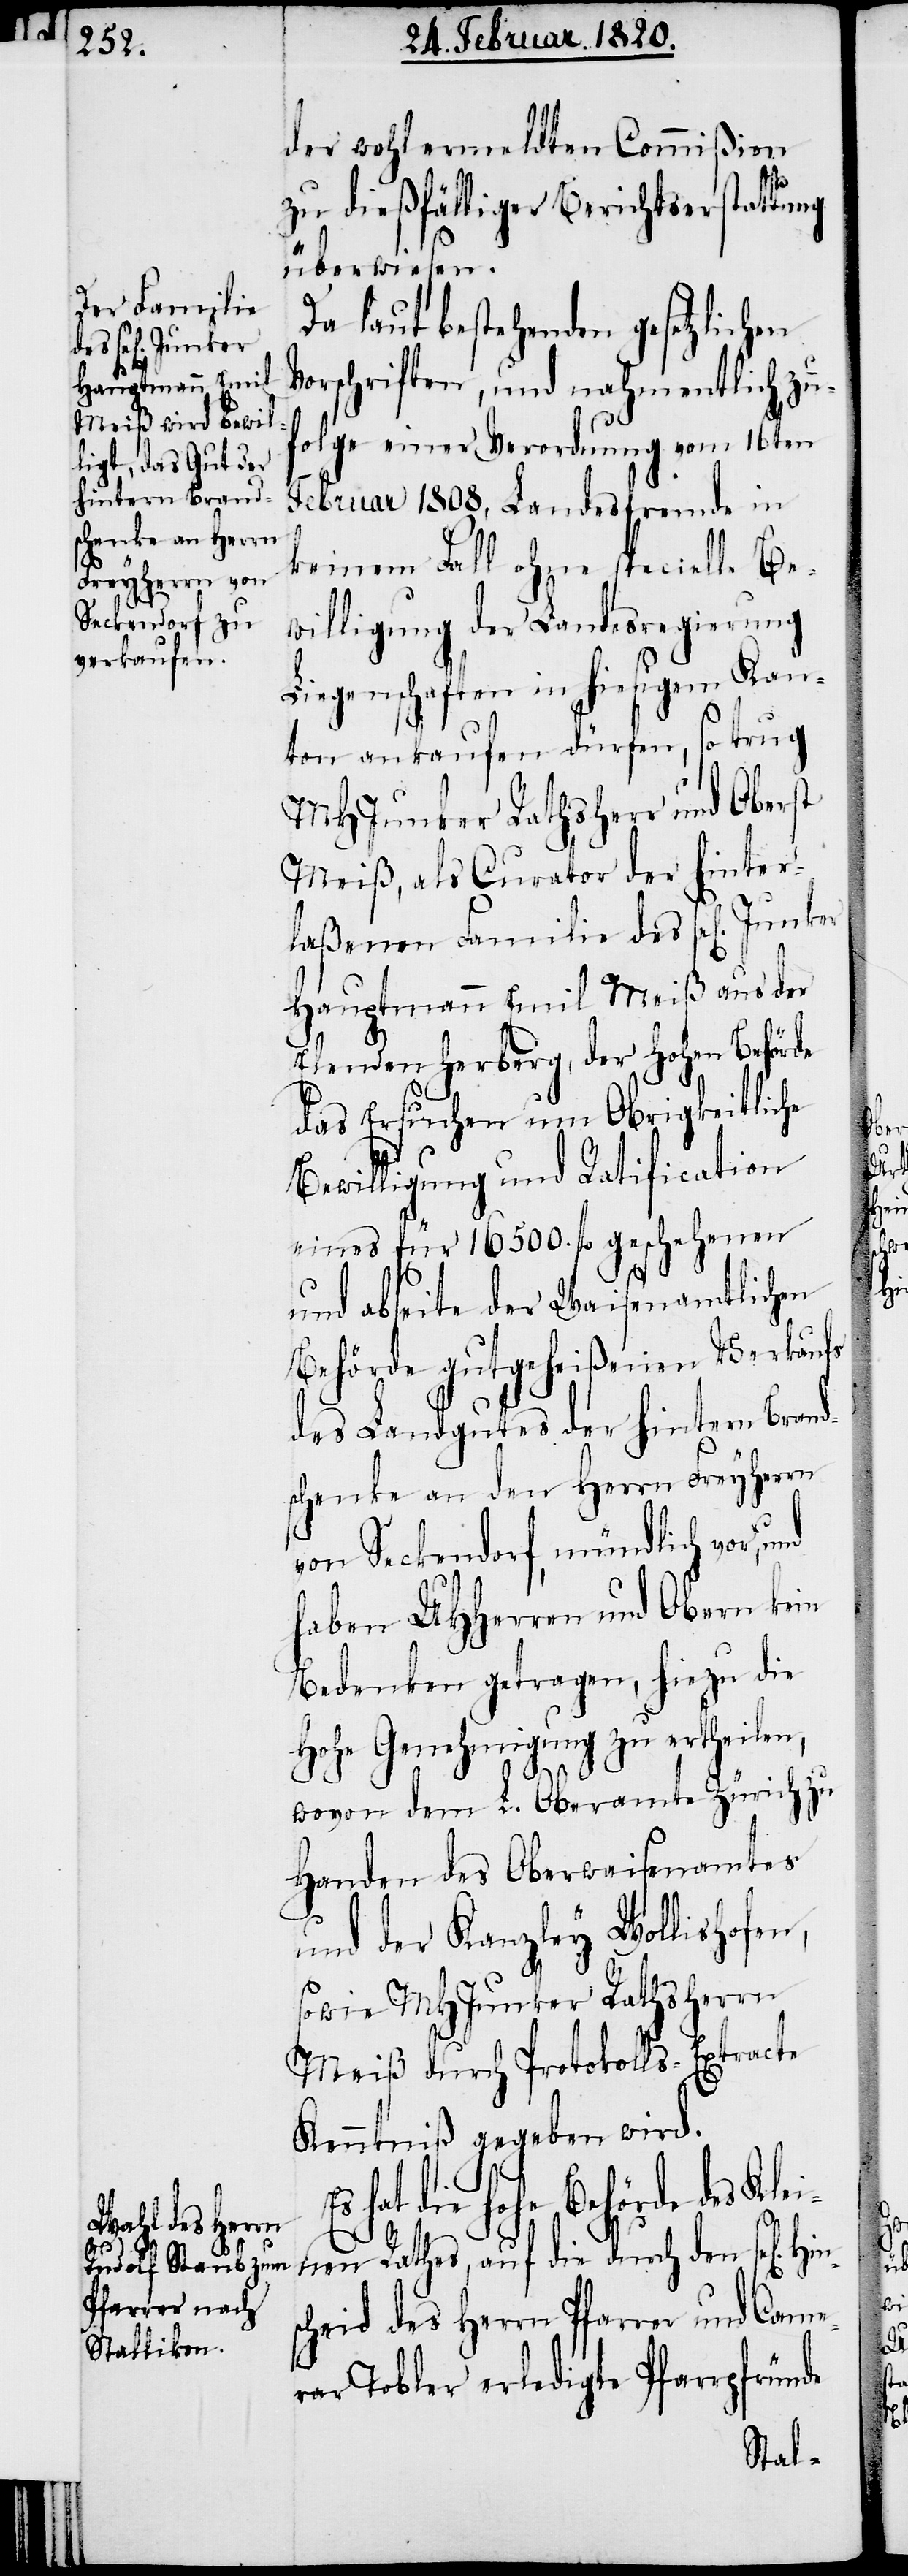
Hins¬

der wohlermeldten Commißion
zu dießfälliger Berichtserstattung
überwiesen.
Da laut bestehenden gesetzlichen
Vorschriften, und nahmentlich zu¬
folge einer Verordnung vom 16ten
Februar 1808, Landesfremde in
keinem Fall ohne specielle Be¬
willigung der Landesregierung
Liegenschaften in hiesigem Kan¬
ton ankaufen dürfen, so trug
MHJunker Rathsherr und Oberst
Meiß, als Curator der hinter¬
laßenen Familie des sel[igen].
Hauptmann Emil Meiß aus der
Elenden Herberg, der Hohen Behörde
das Ersuchen um Obrigkeitliche
Bewilligung und Ratification
eines für 16500. fl geschehenen
und abseite der Waisenamtlichen
Behörde gutgeheißenen Verkaufs
des Landgutes der hintern Brand¬
schenke an den Herrn Freyherrn
von Seckendorf, mündlich vor,
haben UHHerren und Obern kein
Bedenken getragen, hiezu die
Hohe Genehmigung zu ertheilen,
wovon dem L. Oberamte Zürich zu
Handen des Oberwaisenamtes
und der Kanzley Wollishofe¬
sowie MHJunker Rathsherrn
Meiß durch Protokolls-Extracte
Kenntniß gegeben wird.
hat die hohe Behörde des Kl¬
einen Rathes, auf die durch den sel[ige¬
cheid des Herrn Pfarrer und Came¬
rar Tobler erledigte Pfarrpfründe